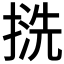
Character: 𢱓